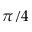
\pi / 4